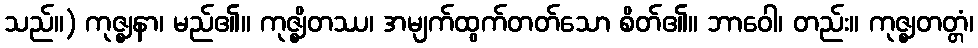
သည်။) ကုဇ္ဈနာ၊ မည်၏။ ကုဇ္ဈိတဿ၊ အမျက်ထွက်တတ်သော စိတ်၏။ ဘာဝေါ၊ တည်း။ ကုဇ္ဈတတ္တံ၊